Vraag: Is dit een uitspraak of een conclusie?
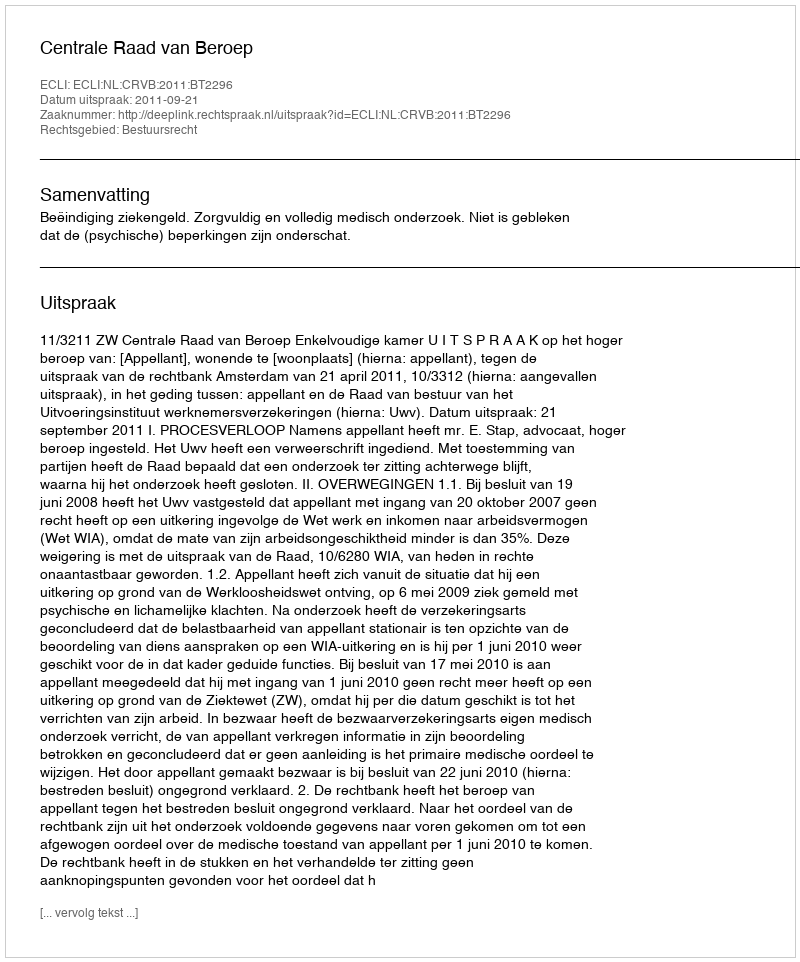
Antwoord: Uitspraak